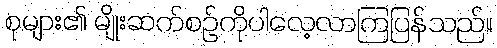
စုများ၏ မျိုးဆက်စဉ်ကိုပါလေ့လာကြပြန်သည်။